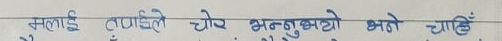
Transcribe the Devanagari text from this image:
मलाई डुंग्गै चेरे भन्नुबुझ्नुभयो भने चाहिँ